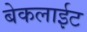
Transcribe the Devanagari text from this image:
बेकलाईट